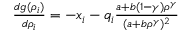
\begin{array} { r } { \frac { d g ( \rho _ { i } ) } { d \rho _ { i } } = - x _ { i } - q _ { i } \frac { a + b ( 1 - \gamma ) \rho ^ { \gamma } } { ( a + b \rho ^ { \gamma } ) ^ { 2 } } } \end{array}